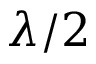
\lambda / 2